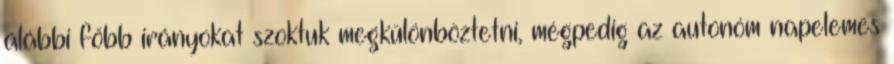
alábbi főbb irányokat szoktuk megkülönböztetni, mégpedig az autonóm napelemes